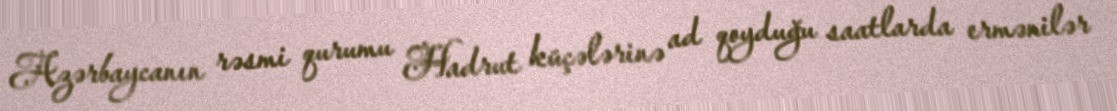
Azərbaycanın rəsmi qurumu Hadrut küçələrinə ad qoyduğu saatlarda ermənilər